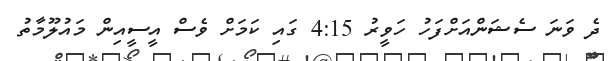
ދެ ވަނަ ސެޝަންއަށްފަހު ހަވީރު 4:15 ގައި ކަމަށް ވެސް އީސީއިން މައުލޫމާތު